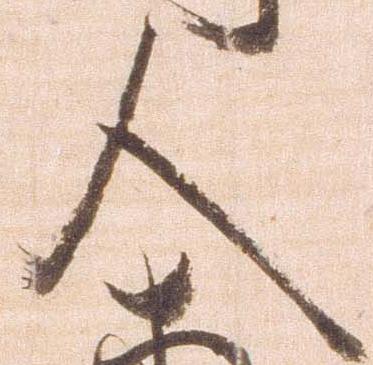
人